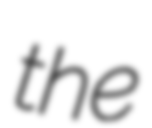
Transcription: the